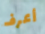
أعرف